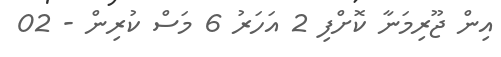
އިން ޖޫރިމަނާ ކޮށްފި 2 އަހަރު 6 މަސް ކުރިން - 02